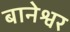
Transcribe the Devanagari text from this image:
बानेश्वर